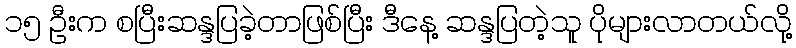
၁၅ ဦးက စပြီးဆန္ဒပြခဲ့တာဖြစ်ပြီး ဒီနေ့ ဆန္ဒပြတဲ့သူ ပိုများလာတယ်လို့